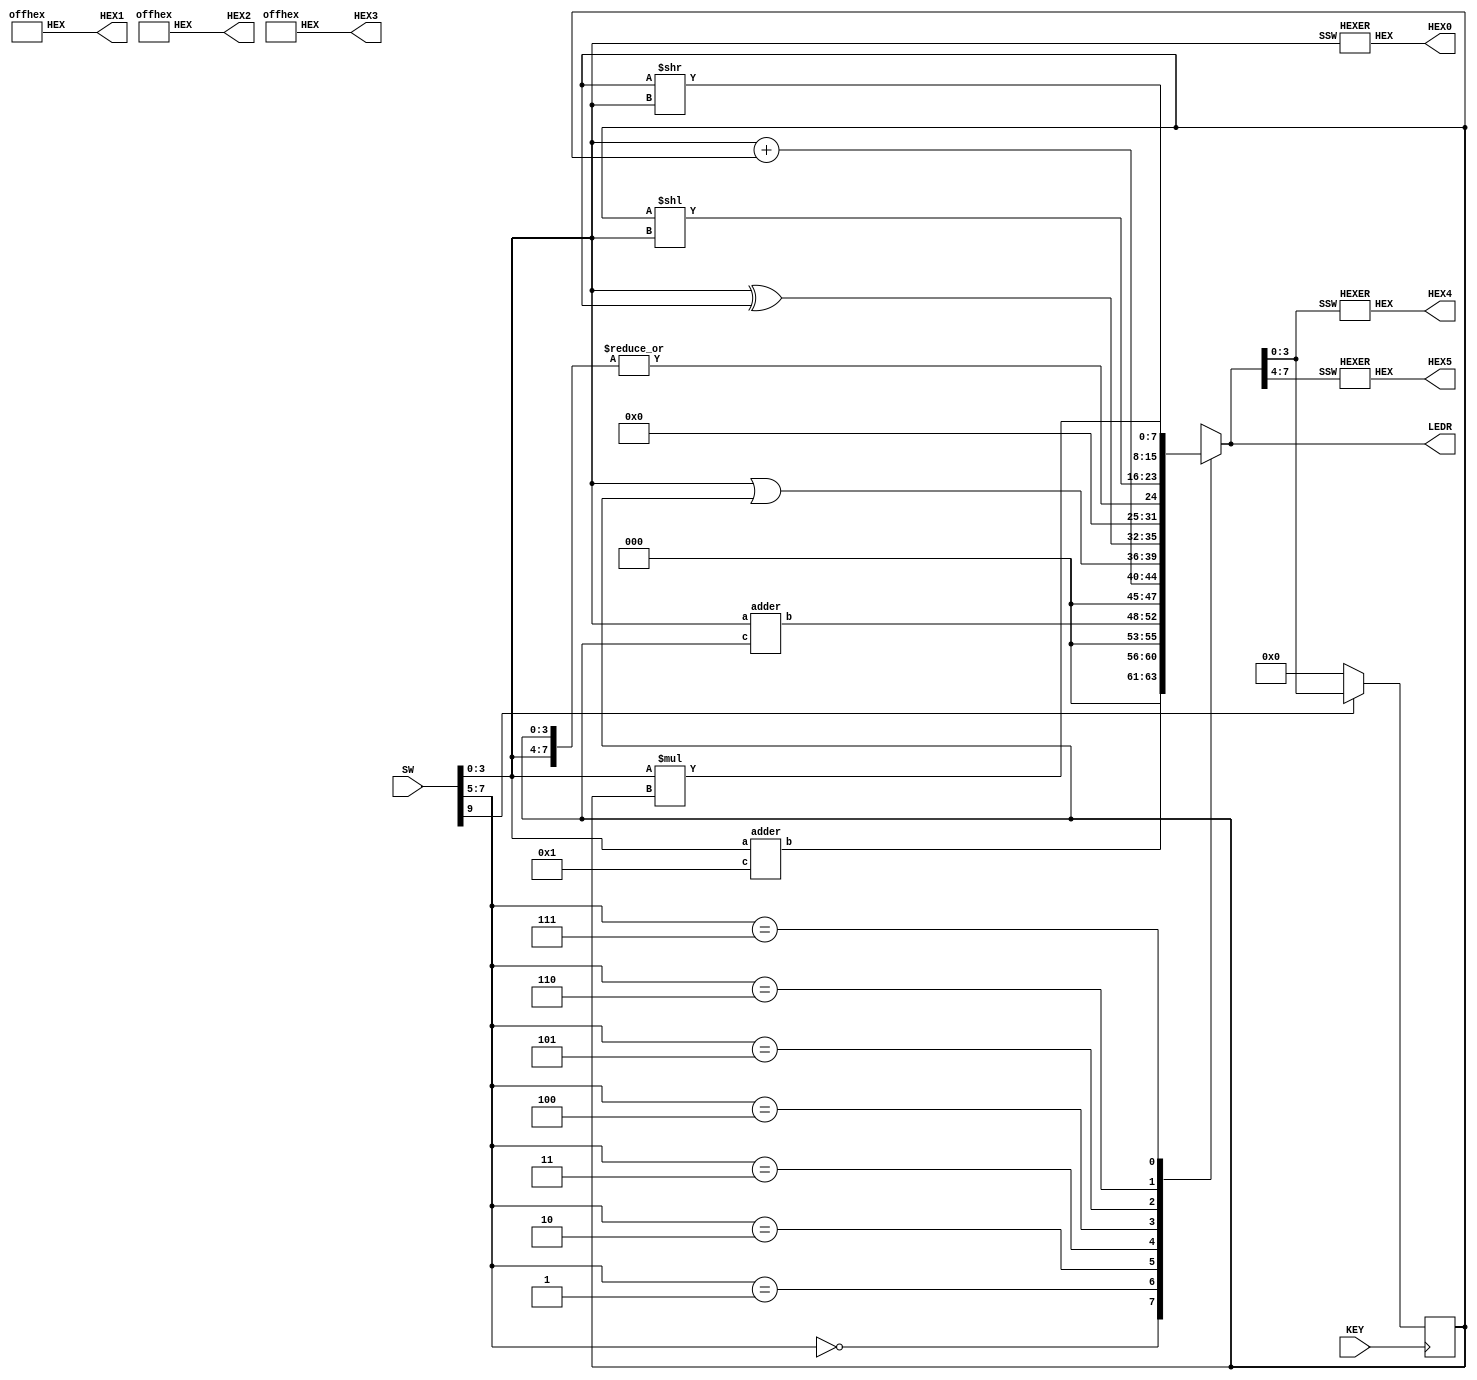
module part2(SW, LEDR, KEY, HEX0, HEX1, HEX2, HEX3, HEX4, HEX5);
     input [9:0] SW;
	 input KEY;	 
	 output [7:0] LEDR;
	 output [6:0] HEX0;
	 output [6:0] HEX1;
	 output [6:0] HEX2;
	 output [6:0] HEX3;
	 output [6:0] HEX4;
	 output [6:0] HEX5;
	 wire [3:0] A;
	 wire [3:0] B;
	 wire reset_n;
	 wire alu_func;
	 wire [4:0] case00;
	 wire [7:0] case0;
	 wire [4:0] case01;
	 wire [7:0] case1;
	 wire [4:0] case02;
	 wire [7:0] case2;
	 wire [3:0] AXB;
	 wire [3:0] AORB;
	 wire [7:0] AB;
	 wire AB1;
	 wire [7:0] case3;
	 wire [7:0] case4;
	 wire [7:0] case5;
	 wire [7:0] case6;
	 wire [7:0] A_mult_B;
	 wire [7:0] case7;
	 wire [7:0] caseDefault;
	 reg [7:0] Out;
	 
	 assign A = SW[3:0];
	 //assign alu_func = SW[7:5];
	 assign reset_n = SW[9];

	 reg [7:0] C;
	 always @(posedge KEY)
	 begin
	     if (reset_n == 1'b0)
		  
		      C <= 8'b00000000;
				
		  else
		  
		      C <= Out;
	 end
	 
	 assign B = C[3:0];
	 
    adder d0(
        .a(A),
        .c(4'b0001),
		  .b(case00)
        );  
	 assign case0 = {3'b000, case00};
	 
	 adder d1(
        .a(A),
        .c(B),
		  .b(case01)
        );
	 assign case1 = {3'b000, case01};
	 
	 assign case02 = A + B;
	 assign case2 = {3'b000, case02};
	 
	 assign AB = {A, B};
	 assign AXB = A^B;
	 assign AORB = A|B;
	 assign case3 = {AORB, AXB};
	 
	 assign AB1 = | AB;
	 assign case4 = {7'b0000000, AB1};
	 
	 assign case5 = B << A;
	
	 assign case6 = B >> A;
	 
	 assign A_mult_B = A * B;
	 
	 assign case7 = {4'b0000, A_mult_B};

	 //assign caseDefault = 8'b00000000;
	 

	 
	 //assign case
	 
	 //reg [7:0] Out;
	 
	 always @(*)
	 begin
	     case (SW [7:5])
		      3'b000: Out = case0;
				3'b001: Out = case1;
				3'b010: Out = case2;
				3'b011: Out = case3;
				3'b100: Out = case4;
				3'b101: Out = case5;
				3'b110: Out = case6;
				3'b111: Out = case7;
				//default: Out = caseDefault;
		  endcase
	 end
	 
	 assign LEDR[7:0] = Out[7:0];
	 
	 HEXER H0(
        .SSW(A),
        .HEX(HEX0[6:0])
        );
		  
    offhex H1(
        .HEX(HEX1[6:0])
        );
		  
    offhex H2(
        .HEX(HEX2[6:0])
        );
		  
    offhex H3(
        .HEX(HEX3[6:0])
        );
		  
	 HEXER H4(
        .SSW(Out[3:0]),
        .HEX(HEX4[6:0])
        );
		  
	 HEXER H5(
        .SSW(Out[7:4]),
        .HEX(HEX5[6:0])
        );
	 
endmodule 
	 
	 
module adder(a, c, b);
    input [3:0] a;
	 input [3:0] c;
	 output [4:0] b;
	 wire c1;
	 wire c2;
	 wire c3;
	 
	 fulladder f0(
        .A(a[0]),
        .B(c[0]),
		  .cin(1'b0),
		  .S(b[0]),
		  .cout(c1)
        );
		  
	 fulladder f1(
        .A(a[1]),
        .B(c[1]),
		  .cin(c1),
		  .S(b[1]),
		  .cout(c2)
        );
		  
	 fulladder f2(
        .A(a[2]),
        .B(c[2]),
		  .cin(c2),
		  .S(b[2]),
		  .cout(c3)
        );
		  
	 fulladder f3(
        .A(a[3]),
        .B(c[3]),
		  .cin(c3),
		  .S(b[3]),
		  .cout(b[4])
        );
		  
endmodule
	 
module fulladder(A, B, cin, S, cout);
    input A;
    input B;
    input cin;
    output S;
	 output cout;
  
    assign cout = A & B | B & cin | A & cin;
	 assign S = (A ^ B) ^ cin;

endmodule

module HEXER(HEX, SSW);
    input [3:0] SSW;
    output [6:0] HEX;
	 
	 assign HEX[0] = (~SSW[3] & ~SSW[2] & ~SSW[1] & SSW[0]) | (~SSW[3] & SSW[2] & ~SSW[1] & ~SSW[0]) | (SSW[3] & ~SSW[2] & SSW[1] & SSW[0]) | (SSW[3] & SSW[2] & ~SSW[1] & SSW[0]);
	 assign HEX[1] = (SSW[3] & SSW[2] & ~SSW[0]) | (SSW[3] & SSW[1] & SSW[0]) | (SSW[2] & SSW[1] & ~SSW[0]) | (~SSW[3] & SSW[2] & ~SSW[1] & SSW[0]);
	 assign HEX[2] = (SSW[3] & SSW[2] & ~SSW[0]) | (SSW[3] & SSW[2] & SSW[1]) | (~SSW[3] & ~SSW[2] & SSW[1] & ~SSW[0]);
	 assign HEX[3] = (~SSW[3] & SSW[2] & ~SSW[1] & ~SSW[0]) | (~SSW[3] & ~SSW[2] & ~SSW[1] & SSW[0]) | (SSW[2] & SSW[1] & SSW[0]) | (SSW[3] & ~SSW[2] & SSW[1] & ~SSW[0]);
	 assign HEX[4] = (~SSW[3] & SSW[0]) | (~SSW[3] & SSW[2] & ~SSW[1]) | (~SSW[2] & ~SSW[1] & SSW[0]);
	 assign HEX[5] = (SSW[3] & SSW[2] & ~SSW[1] & SSW[0]) | (~SSW[3] & ~SSW[2] & SSW[0]) | (~SSW[3] & ~SSW[2] & SSW[1]) | (~SSW[3] & SSW[1] & SSW[0]);
	 assign HEX[6] = (~SSW[3] & ~SSW[2] & ~SSW[1]) | (~SSW[3] & SSW[2] & SSW[1] & SSW[0]) | (SSW[3] & SSW[2] & ~SSW[1] & ~SSW[0]);
	 
endmodule

module offhex(HEX);
    output [6:0] HEX;
	 
	 assign HEX[0] = 1;
	 assign HEX[1] = 1;
	 assign HEX[2] = 1;
	 assign HEX[3] = 1;
	 assign HEX[4] = 1;
	 assign HEX[5] = 1;
	 assign HEX[6] = 1;
	 
endmodule